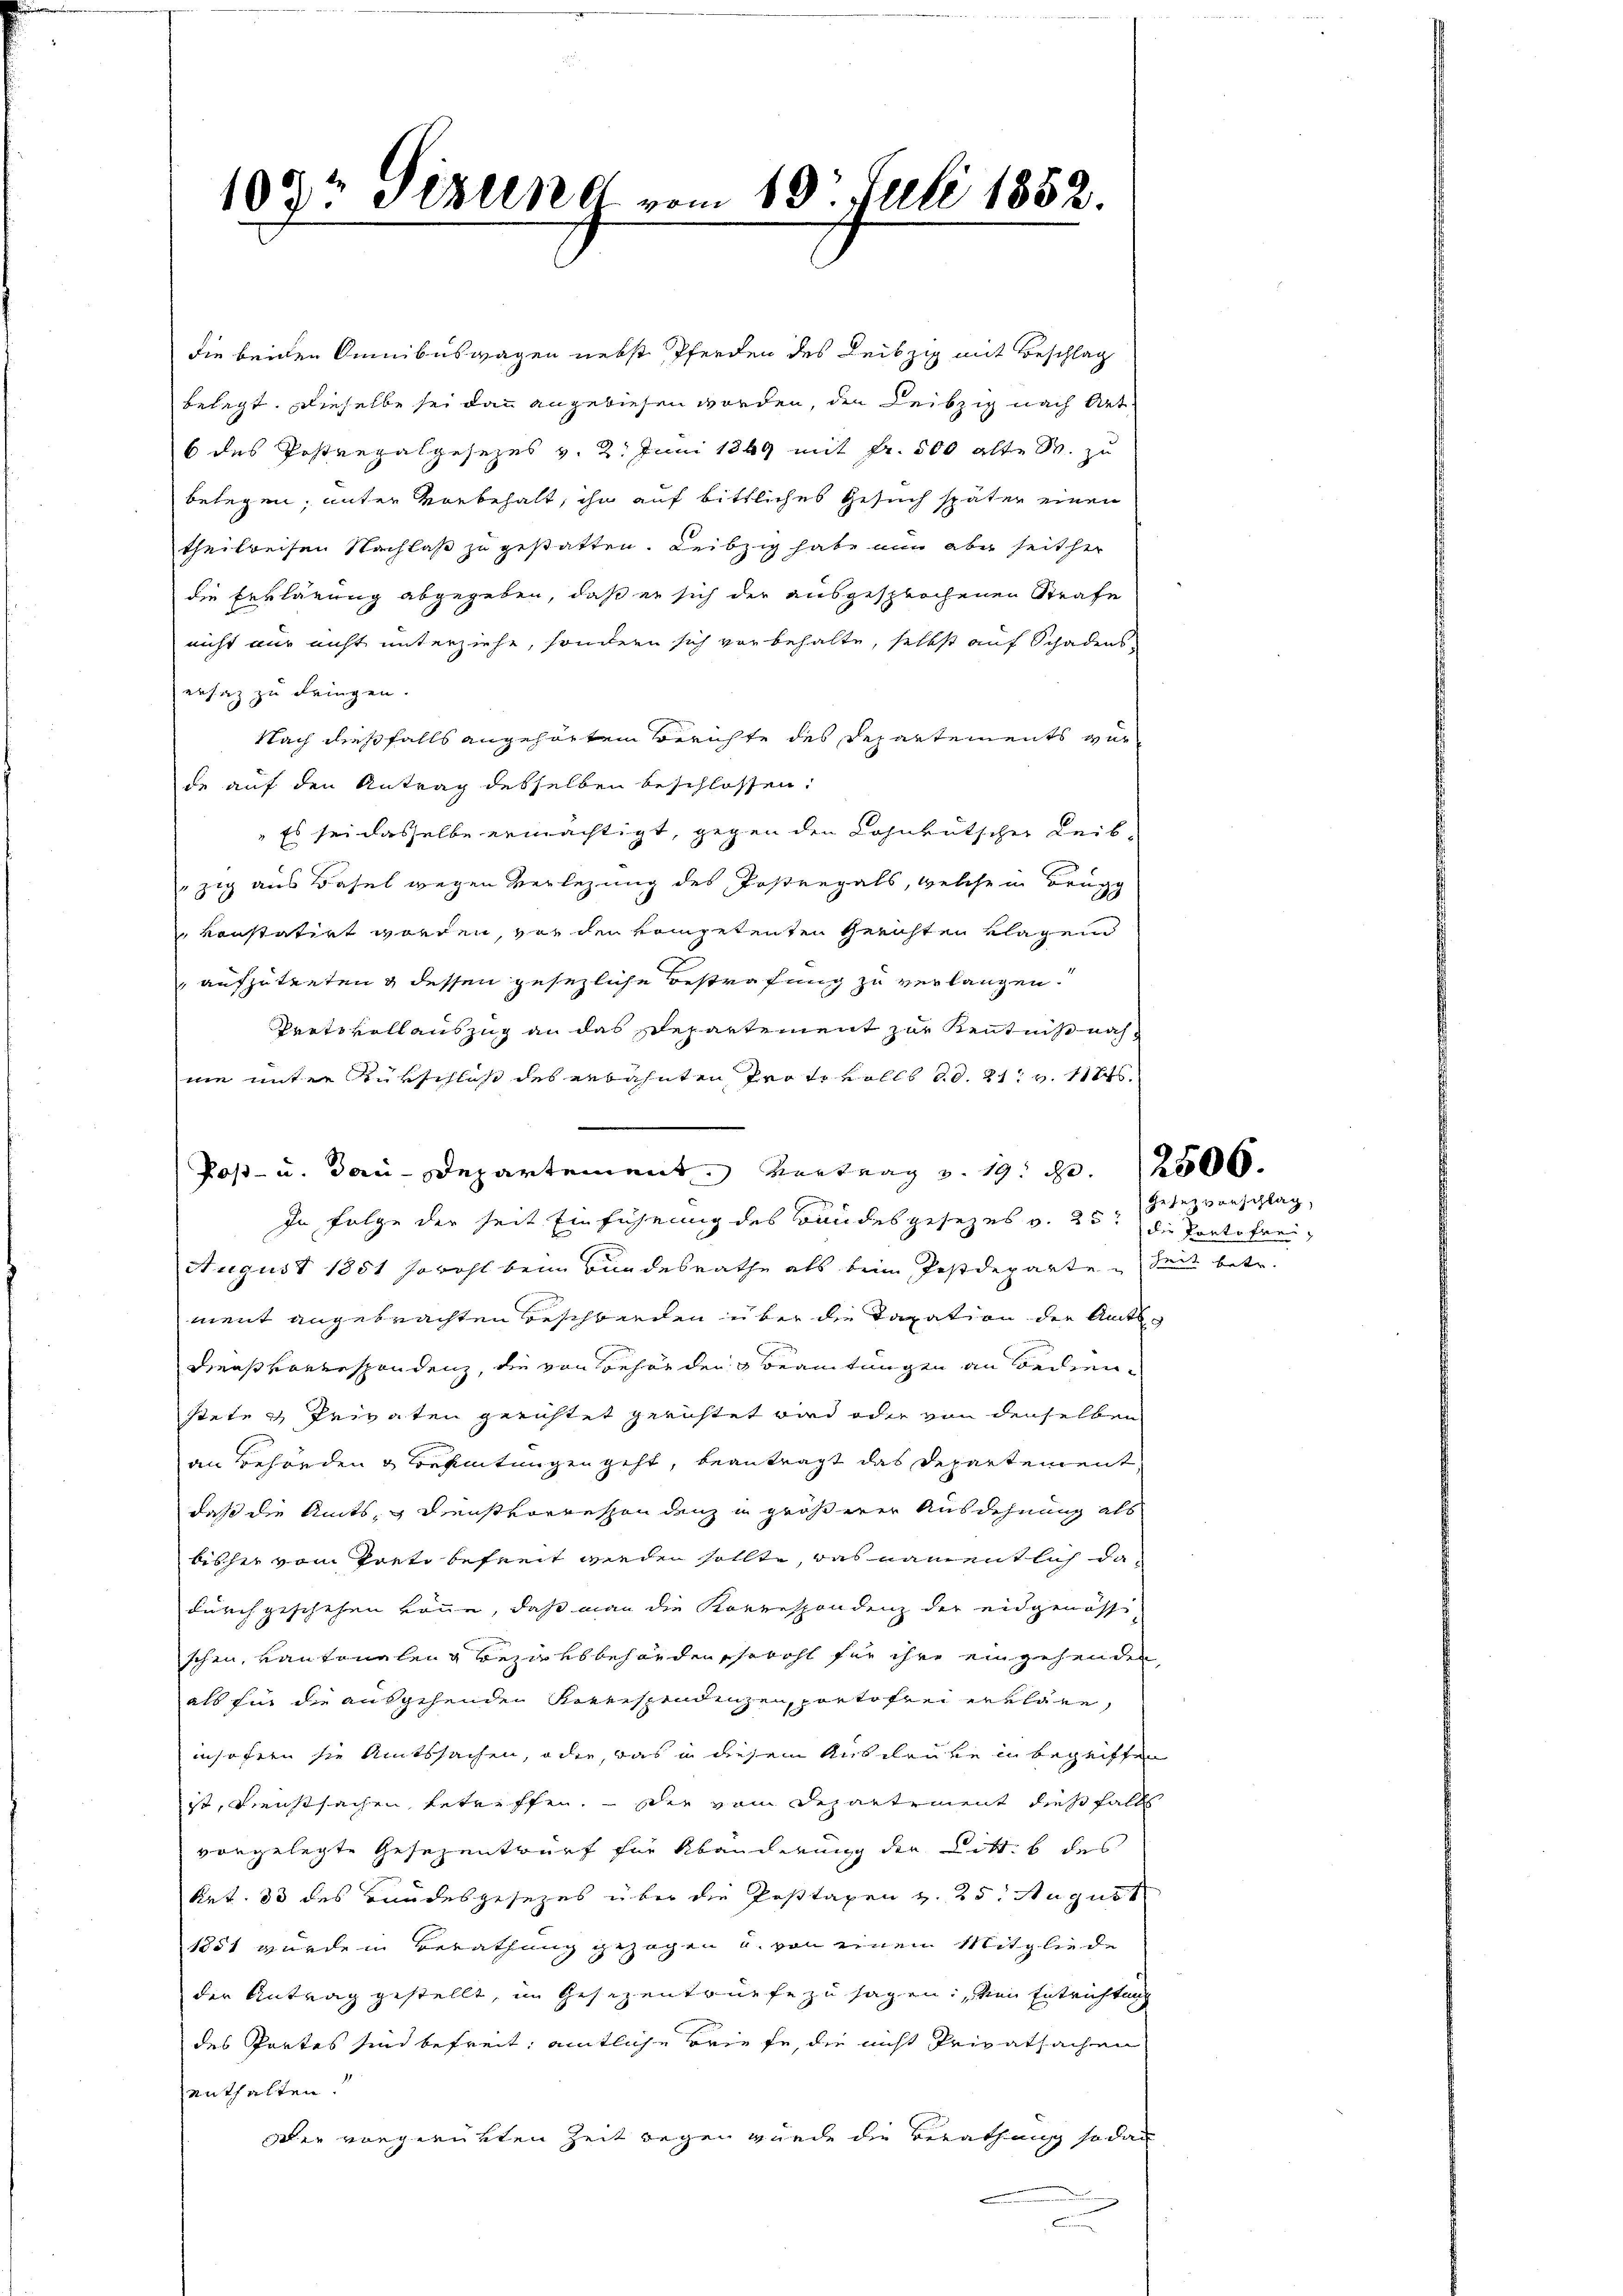
die beiden Sumibuswagen nebst Pferden des Leibzig mit Beschlag
belegt. Dieselbe sei dann angewiesen worden, den Leibzig nach Art
6 des Postrepalgesezes v. 2. Juni 1849 mit Fr. 500 alte S. zu
belegen, unter vorbehalt, ihn auf bittliches Gesuch später einen
theilweisen Nachlaß zu gestatten. Leibzig habe nun aber seither
die Erklärung abgegeben, daß er sich der ausgesprochenen Strafe
nicht nur nicht unterziehe, sondern sich vorbehalte, selbst auf Schadens
ersatz zu dringen.
Nach dießfalls angehörten Berichte des Departements ver
de auf den Antrag desselben beschlossen:
"Es sei dasselbe ermächtigt, gegen den Lohnvütscher Leibzig aus Basel wegen Verlegung des Postregals, welche in Brugg
konstatirt worden, von den kompetenten Gerichten klagend
aufzutreten & dessen gesezliche Bestrafung zu verlangen.
Preto vollauszug an das Departement zur Kenntnißnah
nie unter Rükschluß des erbahnten Prote volls d.d. 21. v. 11246.
Post- u. Bau-Departement. Vortrag v. 19. d. 2500.
In Folge der seit Einführung des Bundesgesezes v. 25 die Portofrei¬
August 1851 sowohl beim Bundesrathe als beim Postdeparte Seit betr.
ment angebrachten Beschwerden über die Taxation der Amts
Dieas vorrespondenz, die von gehörden Beamtungen an beiden
steten Privaten gerichtet gerichtet wird oder von denselben
an Behörden & Bekietungen geht, beantragt das Departement,
daß die Amts Dienstvorressen denz in größerer Ausdehnung als
bischer vom Porto befreit werden sollte, was namentlich dadurch geschehen könne, daß man die Korrespondenz der eidgenössi-
schen, vantonalen Bezirksbehörden schicht für ihre eingehenden
als fin die ausgehenden Korrespondenzen, portofrei erkläre,
insofern sie Amtssachen, oder, was in diesem Ausleute in begriffen
ist, Dienstsachen, betreffen. — Der vom Departement dies falls
vorgelegte Gesezentwurf für Abänderung der Litt. b des
Rat. 33 des Bundesgesezes über die Posttaxen v. 25. August
1851 wurde in Berathung gezogen u. von einem Mitgliede
der Antrag gestellt, im Gesezentrüefe zu sagen: von Entrichtung
des Partes sind befreit, amtliche Briefe, die nicht Privatsachen
enthalten.
Der vorgerükten Zeit wegen würde die Berathung sodas

109 Tizung vom 13t Juli 1882.

Gesezvorschlag,